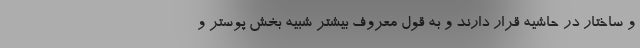
و ساختار در حاشیه قرار دارند و به قول معروف بیشتر شبیه بخش پوستر و